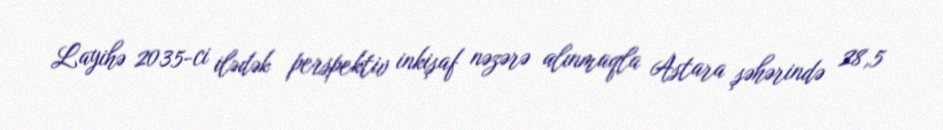
Layihə 2035-ci ilədək perspektiv inkişaf nəzərə alınmaqla Astara şəhərində 28,5